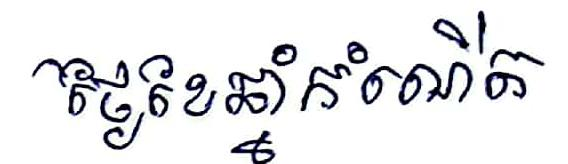
ថ្ងៃខែឆ្នាំកំណើត